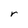
Character: r